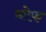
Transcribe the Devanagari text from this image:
कोफ